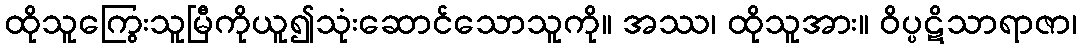
ထိုသူကြွေးသူမြီကိုယူ၍သုံးဆောင်သောသူကို။ အဿ၊ ထိုသူအား။ ဝိပ္ပဋိသာရာဇာ၊